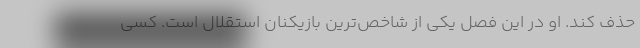
حذف کند. او در این فصل یکی از شاخص‌ترین بازیکنان استقلال است. کسی